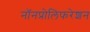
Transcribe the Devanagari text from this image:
नॉनप्रोलिफरेशन